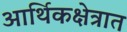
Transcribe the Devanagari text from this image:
आर्थिकक्षेत्रात